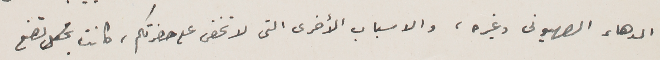
الدهاء الصهيونى وغيره، والاسباب الأخرى التى لا تخفى على حضرتكم، كانت تضع